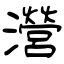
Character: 瀯